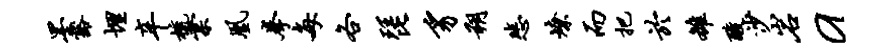
墨豁埋辛梳棠凰拳每各琵豸朔悲燎而把於雒酸沙岩a